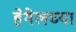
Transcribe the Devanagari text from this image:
हेगेलच्या